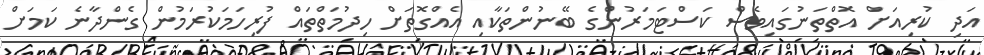
އަދި ކުރިއަށް އޮތްތަނުގައިވެސް ކަސްޓަމަރުންގެ ބޭނުންތަކާއި އެއްގޮތަށް ހިދުމަތްތައް ފުރިހަމަކުރަމުން ގެންދާނެ ކަމަށް